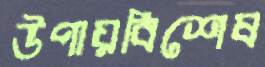
উপায়বিশেষ